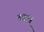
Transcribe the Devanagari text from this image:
बाथ़